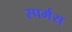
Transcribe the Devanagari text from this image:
स्पर्मस्‌